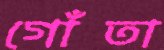
গোঁতা